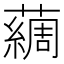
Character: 𫊃